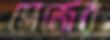
সেজের